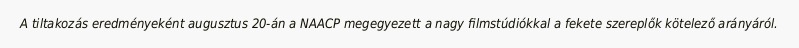
A tiltakozás eredményeként augusztus 20-án a NAACP megegyezett a nagy filmstúdiókkal a fekete szereplők kötelező arányáról.